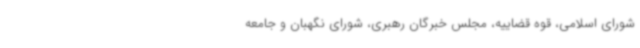
شورای اسلامی، قوه قضاییه، مجلس خبرگان رهبری، شورای نگهبان و جامعه